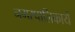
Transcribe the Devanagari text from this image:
नगरपालिकायें